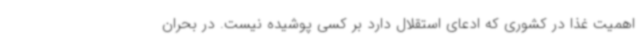
اهمیت غذا در کشوری که ادعای استقلال دارد بر کسی پوشیده نیست. در بحران